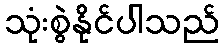
သုံးစွဲနိုင်ပါသည်